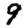
Digit: 9